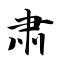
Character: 肃